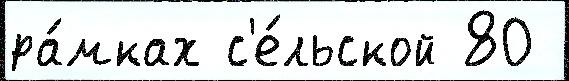
ра́мках с'е́льской 80